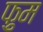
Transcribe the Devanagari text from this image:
फ़ुम